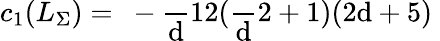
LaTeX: c_{1}(L_{\Sigma})=\mathrm{~-\frac~d{12}(\frac~d2+1)(2d+5)~}